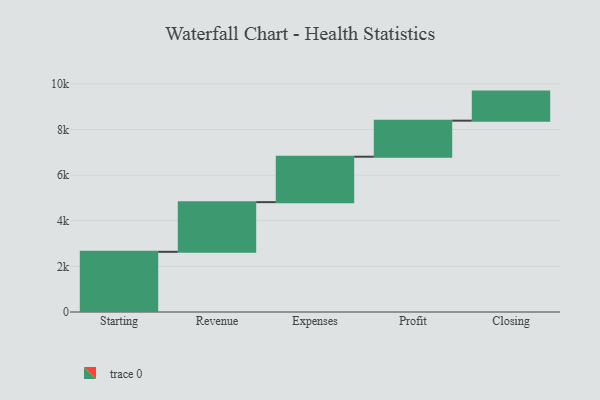
{"axis": {"x": "Step", "y": "Value"}, "legend": [""], "data": [{"x": "Starting", "y": 2638.0, "type": ""}, {"x": "Revenue", "y": 2178.0, "type": ""}, {"x": "Expenses", "y": 1992.0, "type": ""}, {"x": "Profit", "y": 1580.0, "type": ""}, {"x": "Closing", "y": 1274.0, "type": ""}]}